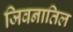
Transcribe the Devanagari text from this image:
जिवनातिल